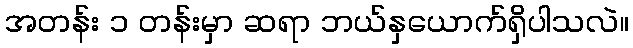
အတန်း ၁ တန်းမှာ ဆရာ ဘယ်နှယောက်ရှိပါသလဲ။